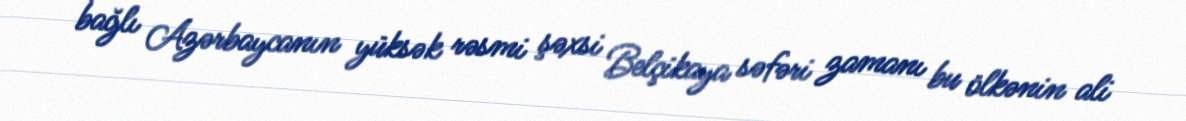
bağlı Azərbaycanın yüksək rəsmi şəxsi Belçikaya səfəri zamanı bu ölkənin ali